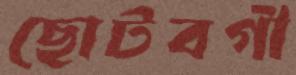
ছোটবগী